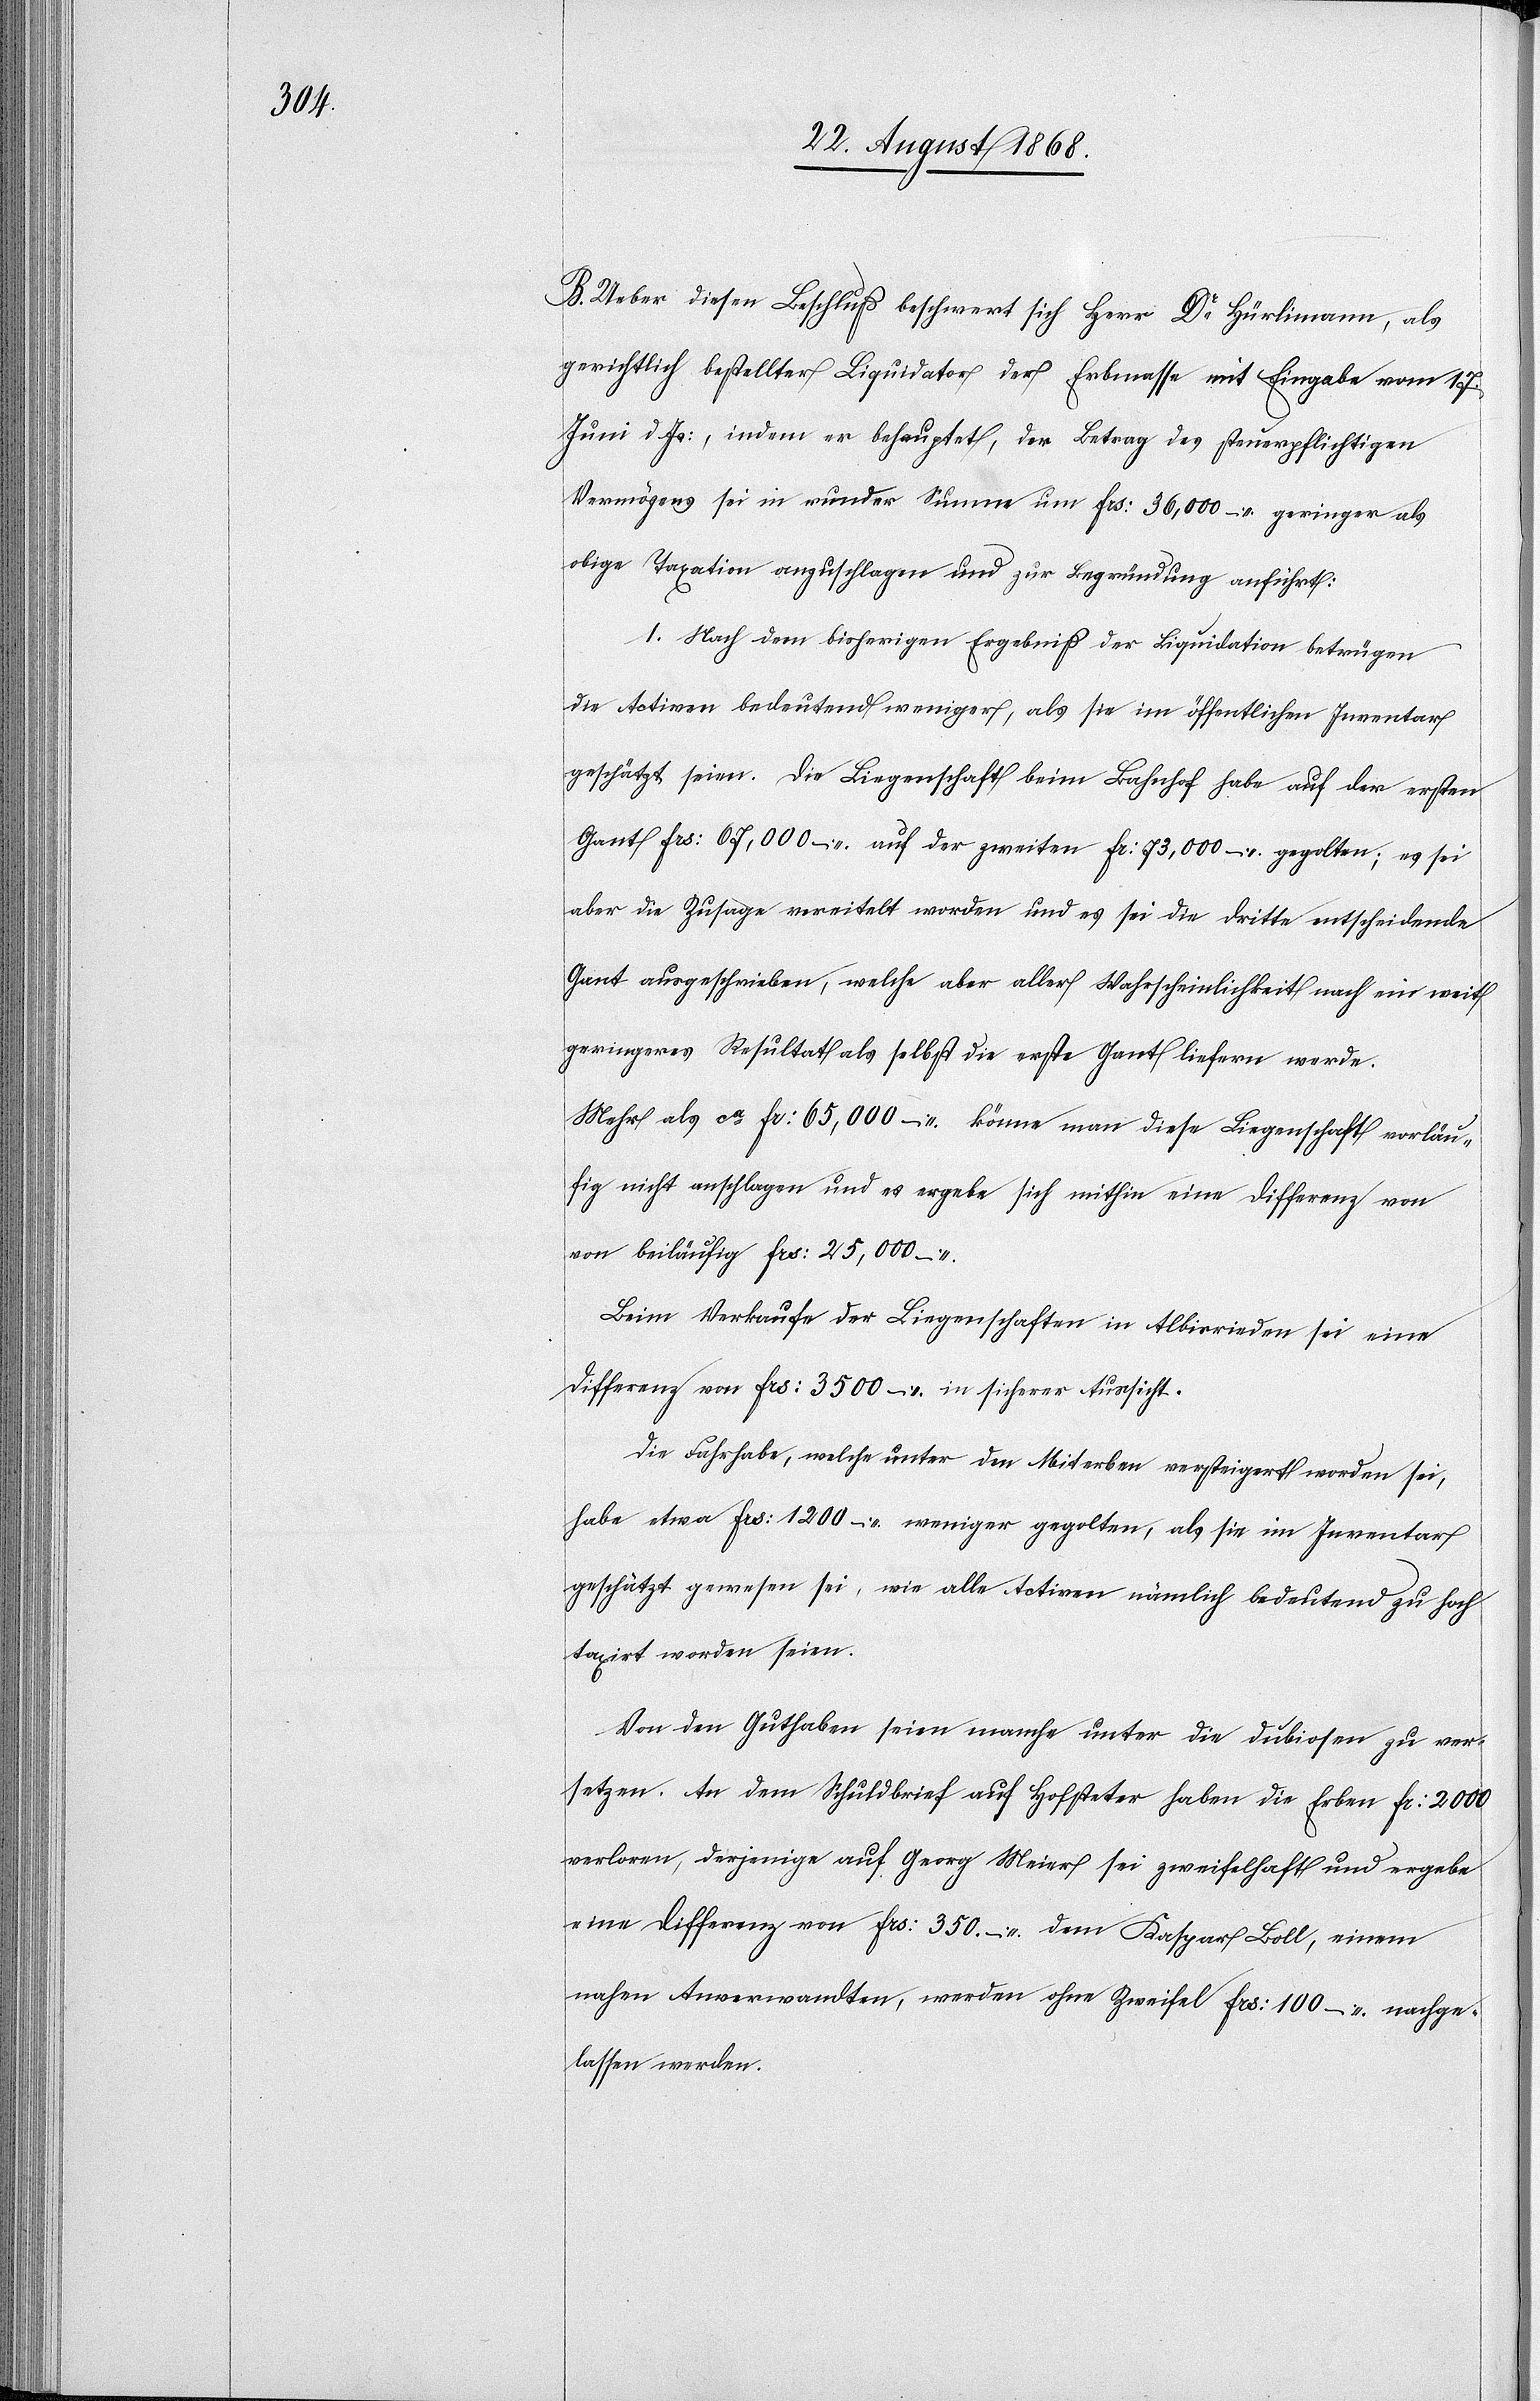
B. Ueber diesen Beschluß beschwert sich Herr Dr Hürlimann, als
gerichtlich bestellter Liquidator der Erbmasse mit Eingabe vom 17.
Juni d. Js:, indem er behauptet, der Betrag des steuerpflichtigen
Vermögens sei in runder Summe um Frs: 36,000 – geringer als
obige Taxation anzuschlagen und zur Begründung anführt:
1. Nach dem bisherigen Ergebniß der Liquidation betrügen
die Activen bedeutend weniger, als sie im öffentlichen Inventar
geschätzt seien. Die Liegenschaft beim Bahnhof habe auf der ersten
Gant Frs: 67,000 – auf der zweiten Fr: 73,000 – gegolten; es sei
aber die Zusage vereitelt worden und es sei die dritte entscheidende
Gant ausgeschrieben, welche aber aller Wahrscheinlichkeit nach ein weit
geringeres Resultat als selbst die erste Gant liefern werde.
Mehr als ca Fr: 65,000 – könne man diese Liegenschaft vorläu¬
fig nicht anschlagen und es ergebe sich mithin eine Differenz von
beiläufig Frs: 25,000 –
Beim Verkaufe der Liegenschaften in Albisrieden sei eine
Differenz von Frs: 3500 – in sicherer Aussicht.
Die Fahrhabe, welche unter den Miterben versteigert worden sei,
habe etwa Frs: 1200 – weniger gegolten, als sie im Inventar
geschätzt gewesen sei, wie alle Activen nämlich bedeutend zu hoch
taxirt worden seien.
Von den Guthaben seien manche unter die dubiosen zu ver¬
setzen. An dem Schuldbrief auf Hofsteter haben die Erben Fr: 2000
verloren, derjenige auf Georg Meier sei zweifelhaft und ergebe
eine Differenz von Frs: 350. – dem Kaspar Boll, einem
nahen Anverwandten, werden ohne Zweifel Frs: 100 – nachge¬
lassen werden.